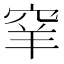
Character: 𥥵